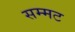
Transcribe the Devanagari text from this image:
सम्मट